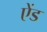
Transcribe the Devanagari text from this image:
एेंड